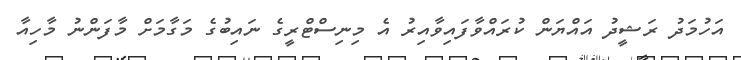
އަހުމަދު ރަޝީދު އައްޔަން ކުރައްވާފައިވާއިރު އެ މިނިސްޓްރީގެ ނައިބުގެ މަގާމަށް މާފަންނު މާހިއާ